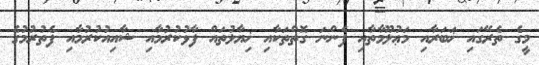
މީގެ ތެރޭގައި ޚަބަރާއި މަޢުލޫމާތާއި ފެންނަ ގޮތްތަކާއި ޚިޔާލުތައް ފާޅުކުރުމާއި ޝާއިއުކުރުމާއި ފެތުރުމުގެ